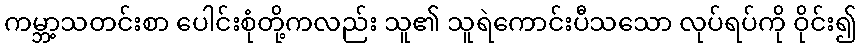
ကမ္ဘာ့သတင်းစာ ပေါင်းစုံတို့ကလည်း သူ၏ သူရဲကောင်းပီသသော လုပ်ရပ်ကို ဝိုင်း၍